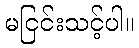
မငြင်းသင့်ပါ။